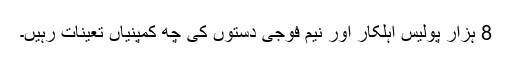
8 ہزار پولیس اہلکار اور نیم فوجی دستوں کی چھ کمپنیاں تعینات رہیں۔